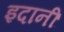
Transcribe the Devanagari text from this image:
इदानीं